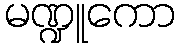
မဏ္ဍူကော